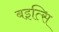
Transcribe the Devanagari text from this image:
बइत्सि